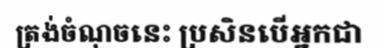
ត្រង់ចំណុចនេះ ប្រសិនបើអ្នកជា